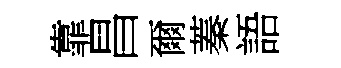
靠昌爾蓁語